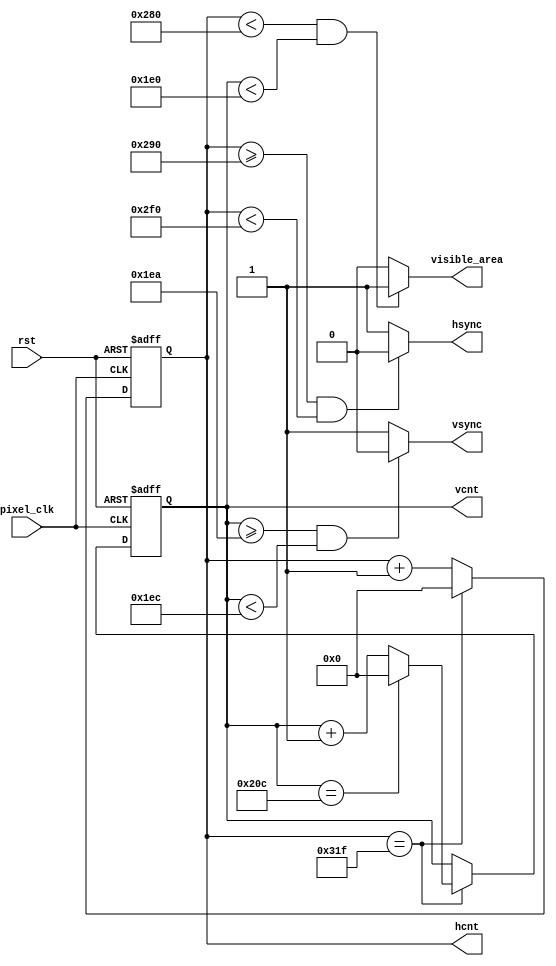
/*
--   : 2015-05-05
--   : EP4CE22F17C8
--   : pixel_clk=25MHz
--   : rsth/vcnth/vsync
              visible_area
*/
module vga(
input wire pixel_clk,
input wire rst,
output wire hsync,
output wire vsync,
output wire visible_area,
output reg[12:0] hcnt,
output reg[12:0] vcnt
);
parameter h_visible = 640;
parameter h_fporch_end = h_visible+16;
parameter h_sync_end = h_fporch_end+96;
parameter h_bporch_end = h_sync_end+48;

parameter v_visible = 480;
parameter v_fporch_end = v_visible+10;
parameter v_sync_end = v_fporch_end+2;
parameter v_bporch_end = v_sync_end+33;

assign hsync = (hcnt>=h_fporch_end&&hcnt<h_sync_end) ? 0 : 1;
assign vsync = (vcnt>=v_fporch_end&&vcnt<v_sync_end) ? 0 : 1;

assign visible_area = (hcnt<h_visible&&vcnt<v_visible) ? 1 : 0;

always @(posedge pixel_clk or negedge rst) begin
    if (!rst) begin
        hcnt<=0;
        vcnt<=0;
    end
    else begin
        if (hcnt == h_bporch_end-1) begin
            hcnt <= 0;
            vcnt <= (vcnt == v_bporch_end-1) ? 0 : vcnt+1;
        end
        else begin
            hcnt<=hcnt+1;
        end
    end
end

endmodule